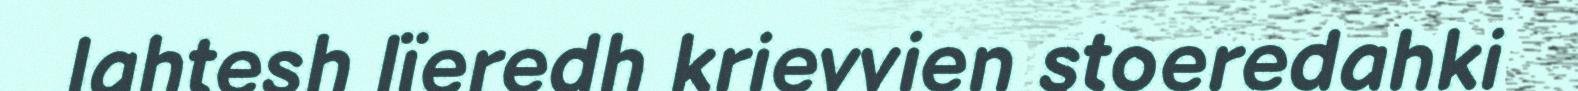
lahtesh lïeredh krievvien stoeredahki